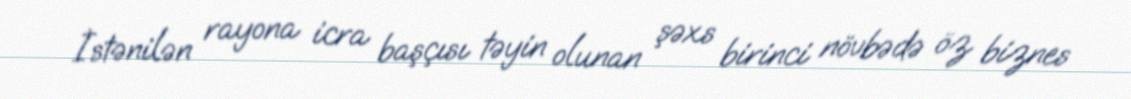
İstənilən rayona icra başçısı təyin olunan şəxs birinci növbədə öz biznes